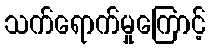
သက်ရောက်မှုကြောင့်